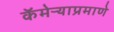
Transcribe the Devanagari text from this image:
कॅमेऱ्याप्रमाणे